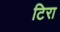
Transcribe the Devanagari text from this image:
टिरा